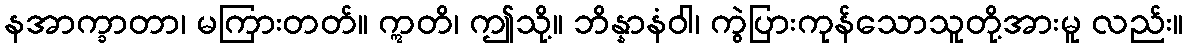
နအာက္ခာတာ၊ မကြားတတ်။ ဣတိ၊ ဤသို့။ ဘိန္နာနံဝါ၊ ကွဲပြားကုန်သောသူတို့အားမူ လည်း။